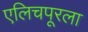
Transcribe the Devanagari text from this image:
एलिचपूरला